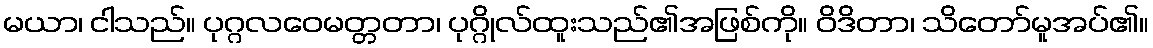
မယာ၊ ငါသည်။ ပုဂ္ဂလဝေမတ္တတာ၊ ပုဂ္ဂိုလ်ထူးသည်၏အဖြစ်ကို။ ဝိဒိတာ၊ သိတော်မူအပ်၏။